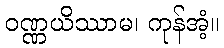
ဝဏ္ဏယိဿာမ၊ ကုန်အံ့။